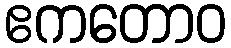
ဧကတောဝ